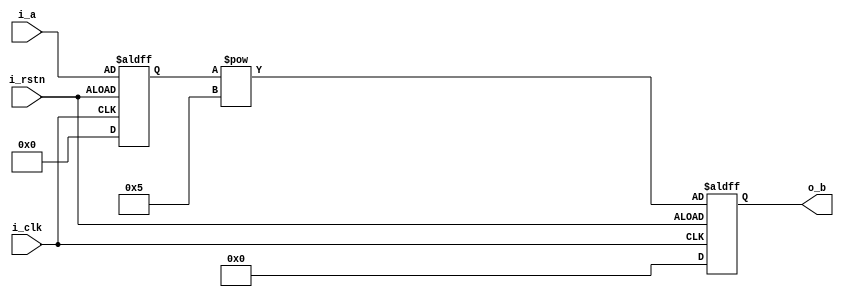
module exp1 #(
    parameter                   WIDTH   =   256,
    parameter                   N       =   5
)(
    input                       i_clk,
    input                       i_rstn,
    input   [WIDTH-1:0]         i_a,

    output  [N*WIDTH-1:0]       o_b    
);
    reg     [WIDTH-1:0]         a;
    wire    [N*WIDTH-1:0]       r;
    reg     [N*WIDTH-1:0]       res;

    always @(posedge i_clk or negedge i_rstn) begin
        if(i_rstn)
            a   <=  {(WIDTH){1'b0}};
        else
            a   <=  i_a;
    end

    assign  r   =   a ** N;

    always @(posedge i_clk or negedge i_rstn) begin
        if(i_rstn)
            res <=  {(N*WIDTH){1'b0}};
        else
            res <=  r;
    end

    assign  o_b =   res;
endmodule